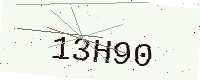
Text: 13H90